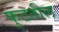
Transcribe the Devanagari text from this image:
फुटतील